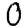
Digit: 0